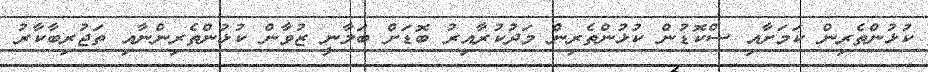
ކުޅުންތެރިން ކަމަށާއި ސްކޮޑުން ކުޅުންތެރިން މަދުކުރާއިރު ބޮޑަށް ބަލާނީ ޒުވާން ކުޅުންތެރިންނާއި ތަޖުރިބާކާރު